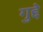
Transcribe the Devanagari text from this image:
गुद्दे